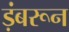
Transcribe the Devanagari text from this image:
ड़ंबरून